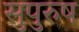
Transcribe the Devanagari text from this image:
सुपुरुष